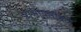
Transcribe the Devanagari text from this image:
प्राणापलीकडे